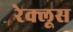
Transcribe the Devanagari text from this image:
रेक्लूस